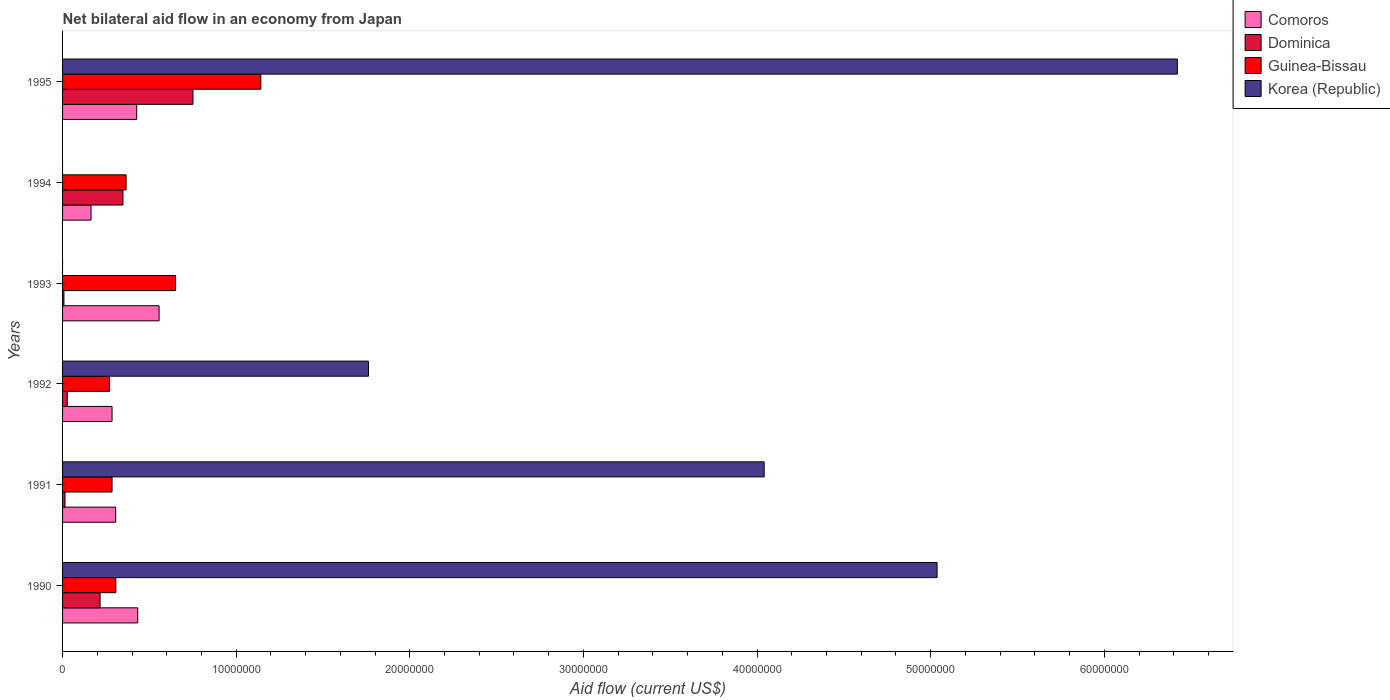
| Years | Comoros | Dominica | Guinea-Bissau | Korea (Republic) |
 | --- | --- | --- | --- | --- |
 | 1990 | 4.33e+06 | 2.16e+06 | 3.07e+06 | 5.04e+07 |
 | 1991 | 3.06e+06 | 1.4e+05 | 2.85e+06 | 4.04e+07 |
 | 1992 | 2.85e+06 | 2.7e+05 | 2.7e+06 | 1.76e+07 |
 | 1993 | 5.56e+06 | 8e+04 | 6.51e+06 | -1.44e+07 |
 | 1994 | 1.64e+06 | 3.48e+06 | 3.66e+06 | -9.52e+07 |
 | 1995 | 4.27e+06 | 7.51e+06 | 1.14e+07 | 6.42e+07 |